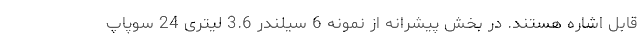
قابل اشاره هستند. در بخش پیشرانه از نمونه 6 سیلندر 3.6 لیتری 24 سوپاپ